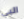
البي